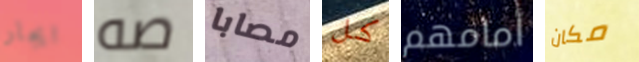
ايجار صه مصابا كل أمامهم مكان